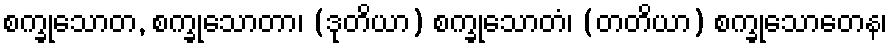
စက္ခုသောတ, စက္ခုသောတာ၊ (ဒုတိယာ) စက္ခုသောတံ၊ (တတိယာ) စက္ခုသောတေန၊